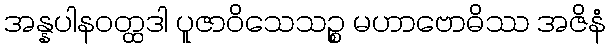
အန္နပါနဝတ္ထဒါ ပူဇာဝိသေသဉ္စ မဟာဗောဓိဿ အဇိနံ